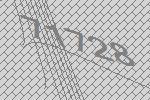
71728